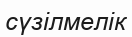
сүзілмелік